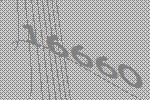
16660